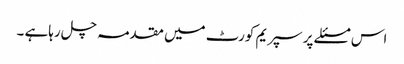
اس مسئلے پر سپریم کورٹ میں مقدمہ چل رہاہے ۔